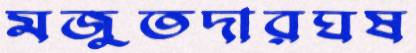
মজুতদারঘষ